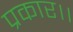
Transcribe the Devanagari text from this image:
प्रकार।।